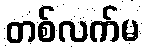
တစ်လက်မ